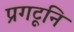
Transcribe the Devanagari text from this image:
प्रगटूनि